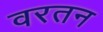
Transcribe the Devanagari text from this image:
वरतन